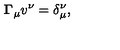
{ \bf \Gamma } _ { \mu } v ^ { \nu } = \delta _ { \mu } ^ { \nu } ,